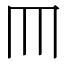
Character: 𦉫